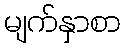
မျက်နှာစာ